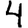
Digit: 4